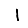
Digit: 1